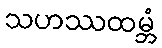
သဟဿထမ္ဘံ